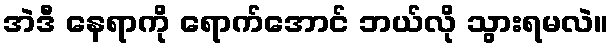
အဲဒီ နေရာကို ရောက်အောင် ဘယ်လို သွားရမလဲ။